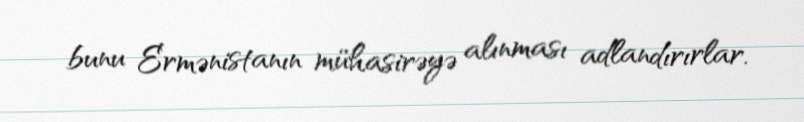
bunu Ermənistanın mühasirəyə alınması adlandırırlar.